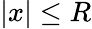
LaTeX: |x|\le R